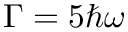
\Gamma = 5 \hbar \omega